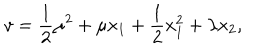
LaTeX: v = \frac { 1 } { 2 } \mu ^ { 2 } + \mu x _ { 1 } + \frac { 1 } { 2 } x _ { 1 } ^ { 2 } + \lambda x _ { 2 } ,